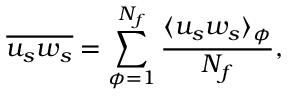
\overline { { u _ { s } w _ { s } } } = \sum _ { \phi = 1 } ^ { N _ { f } } \frac { \langle u _ { s } w _ { s } \rangle _ { \phi } } { N _ { f } } ,